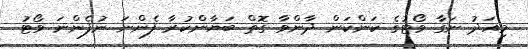
މިއަދު ނަގާ ވޯޓުގެ ކަންކަން ދާންވާ ގޮތް ބަޔާންކުރާ ފެންނަ ނުފެންނަ ވޯޓު